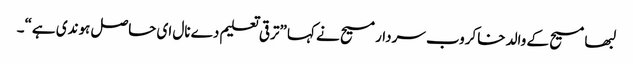
لبھا مسیح کے والد خاکروب سردار مسیح نے کہا ”ترقی تعلیم دے نال ای حاصل ہوندی ہے“۔